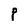
Character: P